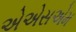
એએસએમ